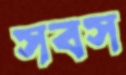
সবস